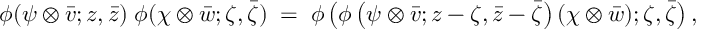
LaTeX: \phi ( \psi \otimes \bar { v } ; z , \bar { z } ) \; \phi ( \chi \otimes \bar { w } ; \zeta , \bar { \zeta } ) \; = \; \phi \left( \phi \left( \psi \otimes \bar { v } ; z - \zeta , \bar { z } - \bar { \zeta } \right) ( \chi \otimes \bar { w } ) ; \zeta , \bar { \zeta } \right) ,